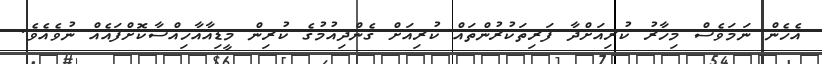
އެހެން ނަމަވެސް މިހާރު ކުރިއަށްދާ ފަރިތަކުރުންތައް ކުރިއަށް ގެންދިއުމުގެ ކުރިން މީޑިއާއާހިއްސާކޮށްފައެއް ނުވެއެވެ.